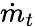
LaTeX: \dot{m}_{t}